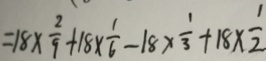
= 1 8 \times \frac { 2 } { 9 } + 1 8 \times \frac { 1 } { 6 } - 1 8 \times \frac { 1 } { 3 } + 1 8 \times \frac { 1 } { 2 }